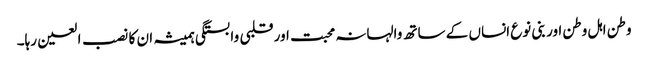
وطن اہل وطن اور بنی نوع انساں کے ساتھ والہانہ محبت اور قلبی وابستگی ہمیشہ ان کا نصب العین رہا۔